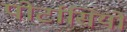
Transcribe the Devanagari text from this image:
पोर्टासियो